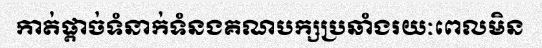
កាត់ផ្តាច់ទំនាក់ទំនងគណបក្សប្រឆាំងរយៈពេលមិន